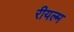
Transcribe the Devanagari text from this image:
रीयल्म